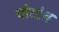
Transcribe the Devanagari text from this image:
बोटांत